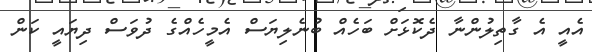
އެއީ އެ ގާތިލުންނާ ދެކޮޅަށް ބަހެއް ބުނެލިޔަސް އެމީހެއްގެ ދުވަސް ދިޔައީ ކަން